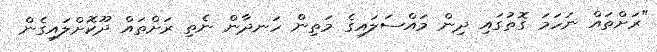
"ރަށްތައް ނަހަމަ ގޮތުގައި ދިން މައްސަލައިގެ މަތިން ހަނދާން ނެތި ރަށްތައް ދޫކޮށްލައިގެން